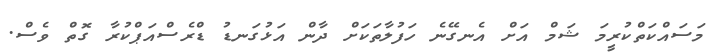
މަސައްކަތްކުރީމަ ޝަމް އަށް އެނގޭނެ ހަފުލާތަކަށް ދާން އަޅުގަނޑު ޑްރެސްއަޕްކުރާ ގޮތް ވެސް.